Investigations into the jail dietaries of the United Provinces with some observations on the influence of dietary on the physical development and well-being of the people of the United Provinces - Number 48
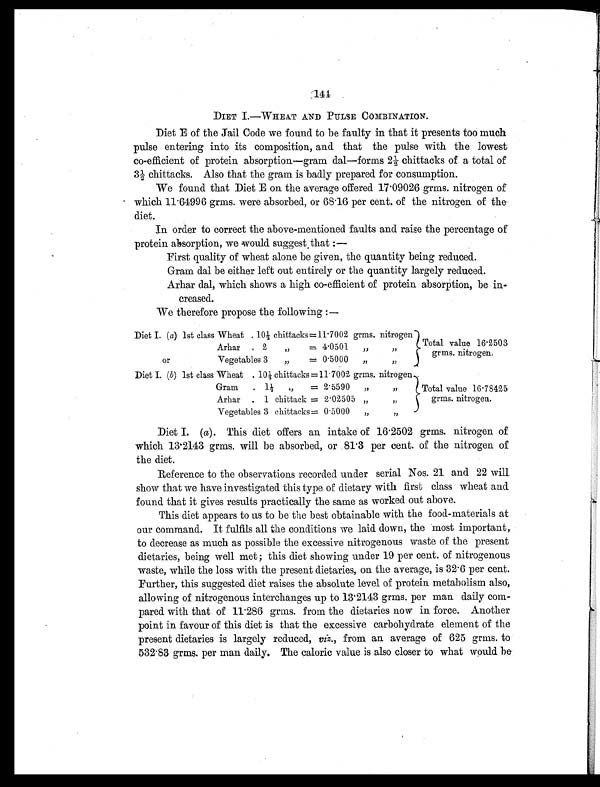
144
DIET I.—WHEAT AND PULSE COMBINATION.
Diet E of the Jail Code we found to be faulty in that it presents too much
pulse entering into its composition, and that the pulse with the lowest
co-efficient of protein absorption—gram dal—forms 2½ chittacks of a total of
3½ chittacks. Also that the gram is badly prepared for consumption.
We found that Diet E on the average offered 17.09026 grms. nitrogen of
which 11.64996 grms. were absorbed, or 68.16 per cent. of the nitrogen of the
diet.
In order to correct the above-mentioned faults and raise the percentage of
protein absorption, we would suggest that :—
First quality of wheat alone be given, the quantity being reduced.
Gram dal be either left out entirely or the quantity largely reduced.
Arhar dal, which shows a high co-efficient of protein absorption, be in
-creased.
We therefore propose the following :—
Diet I. ( a) 1st class Wheat . 10½ chittacks = 11.7002 grms. nitrogen
Total value 16.2503
grms. nitrogen.
Arhar
. 2
„
= 4.0501
„
, ,
or
Vegetables 3
„
= 0.5000
,,
,,
Diet I. ( b ) 1st class Wheat . 10½ chittacks = 11.7002 grms. nitrogen
Total value 16.78425
grms. nitrogen.
Gram
. 1½
,,
= 2.5590
„
,,
Arhar
. 1 chittack = 2.02505 „
,,
Vegetables 3 chittacks = 0.5000
„
, ,
Diet I. ( a). This diet offers an intake of 16.2502 grms. nitrogen of
which 13.2143 grms. will be absorbed, or 81.3 per cent. of the nitrogen of
the diet.
Reference to the observations recorded under serial Nos. 21 and 22 will
show that we have investigated this type of dietary with first class wheat and
found that it gives results practically the same as worked out above.
This diet appears to us to be the best obtainable with the food-materials at
our command. It fulfils all the conditions we laid down, the most important,
to decrease as much as possible the excessive nitrogenous waste of the present
dietaries, being well met; this diet showing under 19 per cent. of nitrogenous
waste, while the loss with the present dietaries, on the average, is 32.6 per cent.
Further, this suggested diet raises the absolute level of protein metabolism also,
allowing of nitrogenous interchanges up to 13.2143 grms. per man daily com-
pared with that of 11.286 grms. from the dietaries now in force. Another
point in favour of this diet is that the excessive carbohydrate element of the
present dietaries is largely reduced, viz., from an average of 625 grms. to
532.83 grms. per man daily. The caloric value is also closer to what would be